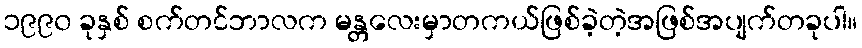
၁၉၉၀ ခုနှစ် စက်တင်ဘာလက မန္တလေးမှာတကယ်ဖြစ်ခဲ့တဲ့အဖြစ်အပျက်တခုပါ။